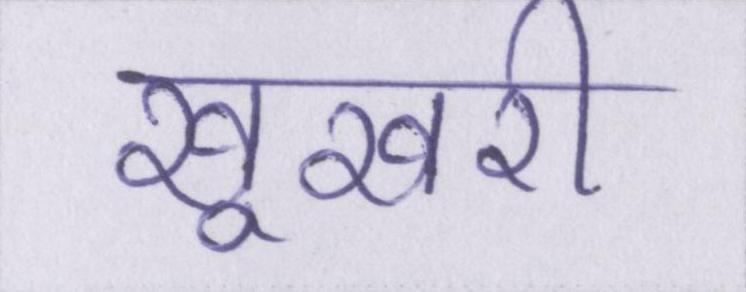
खूखरी